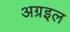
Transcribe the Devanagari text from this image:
अग्रइल